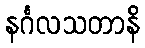
နင်္ဂလသတာနိ